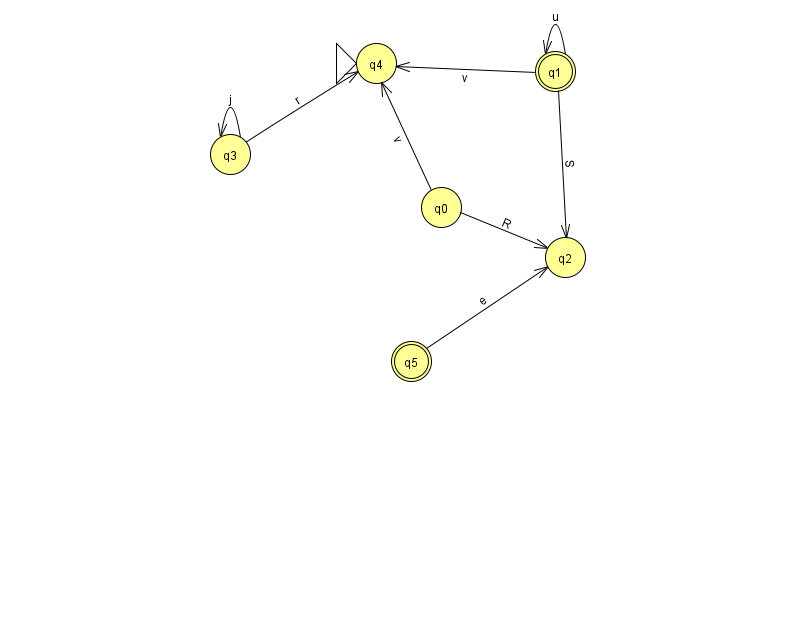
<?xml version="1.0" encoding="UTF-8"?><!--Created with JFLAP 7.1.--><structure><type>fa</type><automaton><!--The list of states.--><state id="0" name="q0"><x>441.0</x><y>194.0</y></state><state id="1" name="q1"><x>555.0</x><y>58.0</y><final/></state><state id="2" name="q2"><x>565.0</x><y>244.0</y></state><state id="3" name="q3"><x>230.0</x><y>141.0</y></state><state id="4" name="q4"><x>376.0</x><y>50.0</y><initial/></state><state id="5" name="q5"><x>411.0</x><y>348.0</y><final/></state><!--The list of transitions.--><transition><from>0</from><to>4</to><read>v</read></transition><transition><from>1</from><to>1</to><read>u</read></transition><transition><from>1</from><to>4</to><read>v</read></transition><transition><from>0</from><to>2</to><read>R</read></transition><transition><from>3</from><to>3</to><read>j</read></transition><transition><from>1</from><to>2</to><read>S</read></transition><transition><from>3</from><to>4</to><read>r</read></transition><transition><from>5</from><to>2</to><read>e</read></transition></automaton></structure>